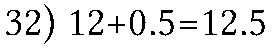
32) 12+0.5=12.5